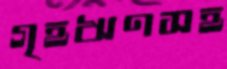
গৃহঋণসহ